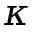
\kappa